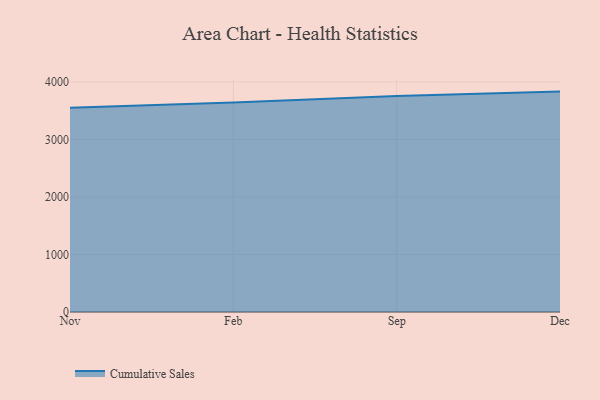
{"axis": {"x": "Month", "y": "Backlog"}, "legend": ["Cumulative Sales"], "data": [{"x": "Nov", "y": 3551.9, "type": "Cumulative Sales"}, {"x": "Feb", "y": 3644.5, "type": "Cumulative Sales"}, {"x": "Sep", "y": 3755.4, "type": "Cumulative Sales"}, {"x": "Dec", "y": 3833.4, "type": "Cumulative Sales"}]}